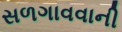
સળગાવવાની